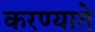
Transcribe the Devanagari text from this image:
करण्याते